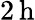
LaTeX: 2\, \mathrm{{h}}